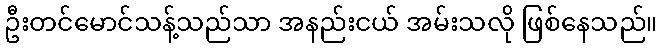
ဦးတင်မောင်သန့်သည်သာ အနည်းငယ် အမ်းသလို ဖြစ်နေသည်။